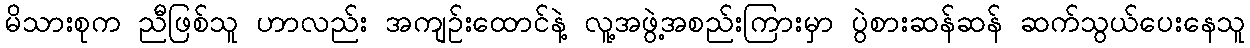
မိသားစုက ညီဖြစ်သူ ဟာလည်း အကျဉ်းထောင်နဲ့ လူ့အဖွဲ့အစည်းကြားမှာ ပွဲစားဆန်ဆန် ဆက်သွယ်ပေးနေသူ